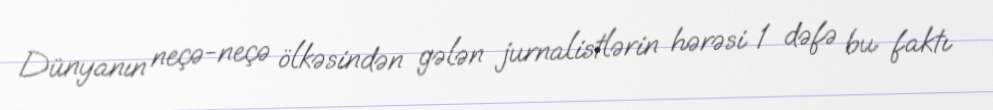
Dünyanın neçə-neçə ölkəsindən gələn jurnalistlərin hərəsi 1 dəfə bu faktı